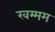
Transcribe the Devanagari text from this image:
खम्‍मम